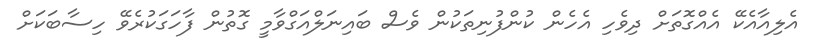
އެލިއާއެކޭ އެއްގޮތަށް ދިވެހި އެހެން ކުންފުނިތަކުން ވެސް ބައިނަލްއަގްވާމީ ގޮތުން ފާހަގަކުރެވޭ ހިސާބަކަށް